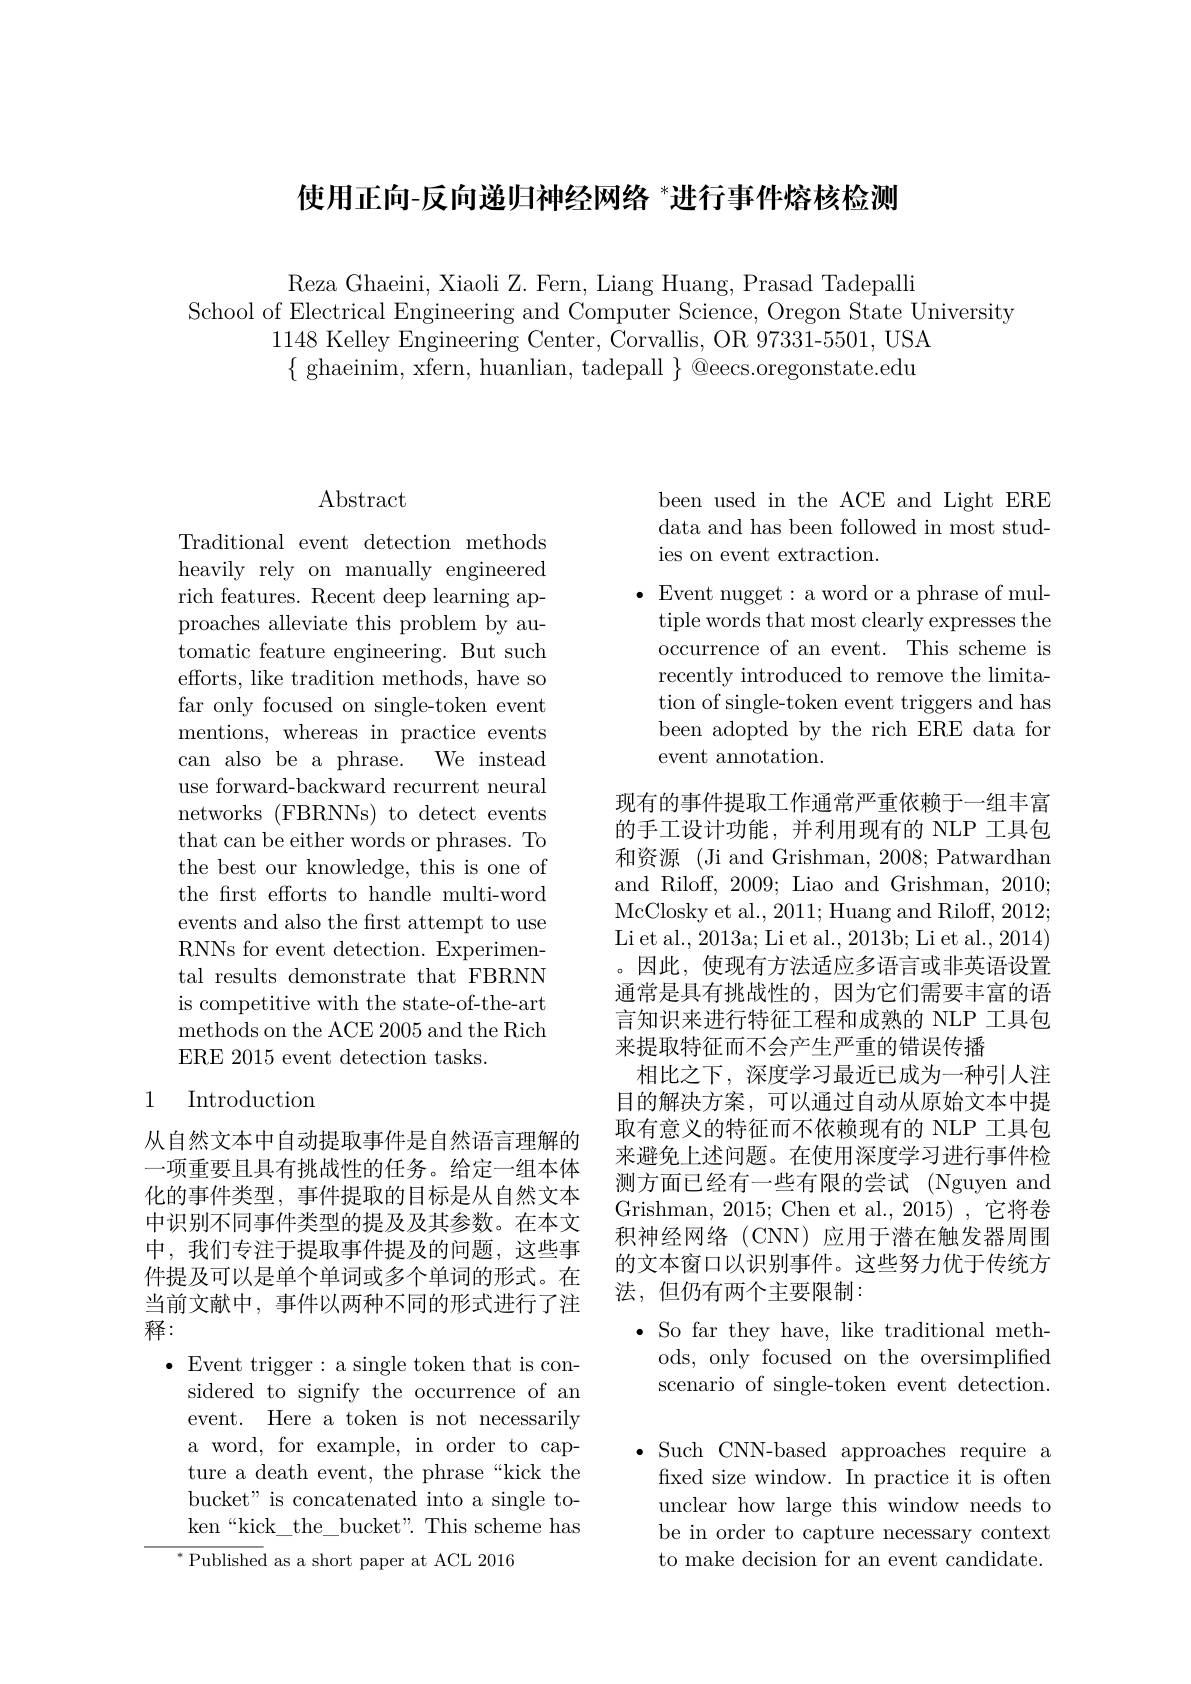
使用正向-反向递归神经网络 $^*$进行事件熔核检测

Reza Ghaeini, Xiaoli Z. Fern, Liang Huang, Prasad Tadepalli
School of Electrical Engineering and Computer Science, Oregon State University
1148 Kelley Engineering Center, Corvallis, OR 97331-5501, USA $\{$ghaeinim, xfern, huanlian, tadepall$\}$@eecs.oregonstate.edu

## $\operatorname{Abstract}$

Traditional event detection methods heavily rely on manually engineered rich features. Recent deep learning approaches alleviate this problem by automatic feature engineering. But such efforts, like tradition methods, have so far only focused on single-token event mentions, whereas in practice events can also be a phrase. We instead use forward-backward recurrent neural networks (FBRNNs) to detect events that can be either words or phrases. To the best our knowledge, this is one of the first efforts to handle multi-word events and also the frst attempt to use RNNs for event detection. Experimental results demonstrate that FBRNN is competitive with the state-of-the-art methods on the ACE 2005 and the Rich ERE 2015 event detection tasks.

## 1 Introduction

从自然文本中自动提取事件是自然语言理解的一项重要且具有挑战性的任务。给定一组本体化的事件类型，事件提取的目标是从自然文本中识别不同事件类型的提及及其参数。在本文中，我们专注于提取事件提及的问题，这些事件提及可以是单个单词或多个单词的形式。在当前文献中，事件以两种不同的形式进行了注释：
$\bullet$ Event trigger: a single token that is con-
sidered to signify the occurrence of an event. Here a token is not necessarily a word, for example, in order to capture a death event, the phrase“kick the bucket" is concatenated into a single token “kick\_the\_bucket". This scheme has $^{*}{\mathrm{~Published~as~a~short~paper~at~ACL~2016}}$

been used in the ACE and Light ERE data and has been followed in most studies on event extraction.
· Event nugget: a word or a phrase of mul-
tiple words that most clearly expresses the occurrence of an event. This scheme is recently introduced to remove the limitation of single-token event triggers and has been adopted by the rich ERE data for event annotation.

现有的事件提取工作通常严重依赖于一组丰富的手工设计功能，并利用现有的 NLP 工具包和资源 (Ji and Grishman, 2008; Patwardhan and Riloff, 2009; Liao and Grishman, 2010; McClosky et al., 2011; Huang and Riloff, 2012; Li et al., 2013a; Li et al., 2013b; Li et al., 2014) 。因此，使现有方法适应多语言或非英语设置通常是具有挑战性的，因为它们需要丰富的语言知识来进行特征工程和成熟的 NLP 工具包来提取特征而不会产生严重的错误传播
相比之下，深度学习最近已成为一种引人注目的解决方案，可以通过自动从原始文本中提取有意义的特征而不依赖现有的 NLP 工具包来避免上述问题。在使用深度学习进行事件检测方面已经有一些有限的尝试 (Nguyen and Grishman, 2015; Chen et al., 2015) , 它将卷积神经网络(CNN)应用于潜在触发器周围的文本窗口以识别事件。这些努力优于传统方法，但仍有两个主要限制：
$\bullet$ So far they have, like traditional meth-
ods, only focused on the oversimplified scenario of single-token event detection.
$\bullet$ Such CNN-based approaches require a
fixed size window. In practice it is often unclear how large this window needs to be in order to capture necessary context to make decision for an event candidate.